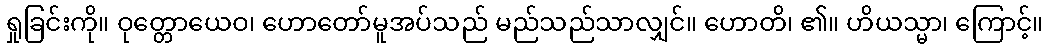
ရှုခြင်းကို။ ဝုတ္တောယေဝ၊ ဟောတော်မူအပ်သည် မည်သည်သာလျှင်။ ဟောတိ၊ ၏။ ဟိယသ္မာ၊ ကြောင့်။